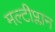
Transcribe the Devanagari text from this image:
मल्टीप्लान